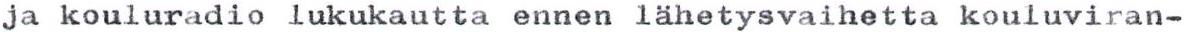
ja kouluradio lukukautta ennen lähetysvaihetta kouluviran-